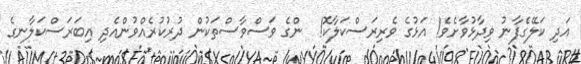
އަދި ކަލޭގެފާނު ވިދާޅުވާށެވެ! އަޅުގެ ވެރިރަސްކަލާކޮ!  ންގެ ވަސްވާސްތަކުން ދުރުކުރެއްވުންއެދި އިބަރަސްކަލާނގެ